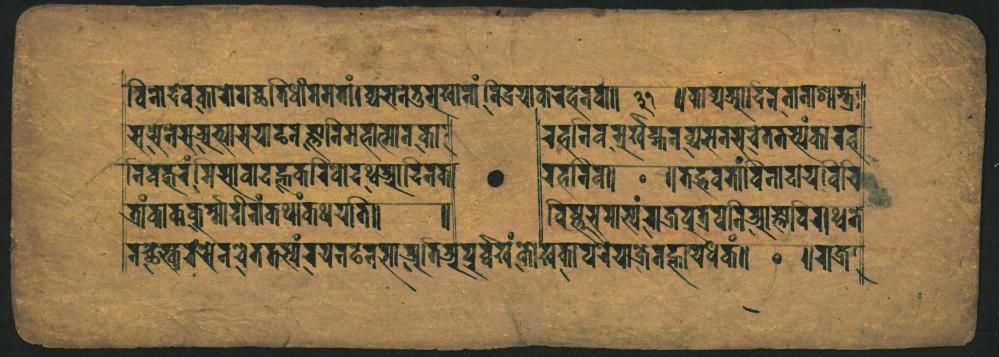
𑐰𑐶𑐣𑑀𑐡𑐾𑐰𑐎𑐵𑐬𑑀𑐐𑐔𑑂𑐕𑐟𑐶𑐢𑐷𑑄𑐟𑐟𑐟𑐵𑑄𑑋𑐰𑑂𑐫𑐳𑐣𑐾𑐟𑐸𑐩𑐸𑐏𑐵𑐣𑐵𑑄𑐰𑐶𑐡𑑂𑐬𑐫𑐵𑐎𑐬𑐴𑐾𑐣𑐎𑑀𑑌 𑐳𑐔𑐾𑐣𑐾𑐳𑐔𑐨𑑂𑐫𑐵𑐳𑐫𑐵𑐡𑐣𑐖𑑂𑐘𑐵𑐣𑐩𑐴𑐵𑐟𑑂𑐩𑐵𑐣𑐎𑐵 𑐣𑐶𑐧𑐎𑐸𑐬𑑄𑑋𑐩𑐳𑐵𑐰𑐵𑐡𑐴𑐎𑐬𑐶𑐰𑑀𑐡𑐠𑑂𑐰𑐥𑑂𑐬𑐵𑐡𑐶𑐣𑐟𑐵 𑐟𑑂𑐬𑐵𑑄𑐎𑐵𑐎𑐎𑐸𑐬𑑂𑐩𑑂𑐩𑐵𑐡𑐬𑑄𑐎𑐠𑐵𑑄𑐎𑐠𑐫𑐟𑐶𑑋 𑐣𑐔𑑂𑐕𑐾𑐳𑑂𑐟𑐸𑐖𑐫𑑀𑐣𑐔𑐾𑐟𑐟𑐳𑑂𑐫𑑄𑐬𑐫𑐣𑐡𑐣𑐳𑐵𑐫𑐟𑐶𑑂𑐫𑐥𑐬𑑂𑐰𑑂𑐰𑐿𑐟𑑄𑐎𑑀𑐲𑐎𑐵𑐥𑐬𑐾𑐫𑐵𑐖𑐾𑐟𑐴𑑂𑐘𑐵𑐫𑐢𑐎𑑄𑑌